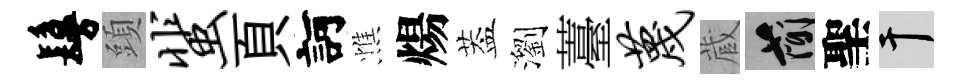
鬘頭蜚頁訶憔煬葢瀏薹蔑蔵簡聖干